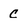
Character: c